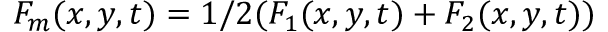
F _ { m } ( x , y , t ) = 1 / 2 ( F _ { 1 } ( x , y , t ) + F _ { 2 } ( x , y , t ) )